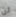
لن